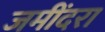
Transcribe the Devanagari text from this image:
जमींदरा